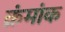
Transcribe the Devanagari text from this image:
क्रंमांक